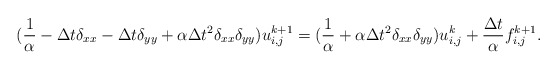
\begin{align*}(\frac{1}{\alpha}-\Delta t \delta_{xx} -\Delta t \delta_{yy}+ \alpha \Delta t^2 \delta_{xx} \delta_{yy} ) u^{k+1}_{i,j}= (\frac{1}{\alpha} + \alpha \Delta t^2 \delta_{xx} \delta_{yy})u^{k}_{i,j}+ \frac{\Delta t}{\alpha} f^{k+1}_{i,j}.\end{align*}